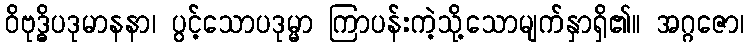
ဝိဗုဒ္ဓိပဒုမာနနာ၊ ပွင့်သောပဒုမ္မာ ကြာပန်းကဲ့သို့သောမျက်နှာရှိ၏။ အဂ္ဂဇော၊